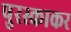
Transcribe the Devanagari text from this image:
पुरस्काकर